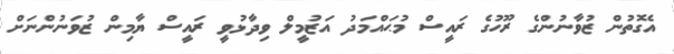
އެގޮތުން ޒުވާނުންގެ ރޫހުގެ ރައީސް މުޙައްމަދު އަޒުމީލް ވިދާޅުވީ ރައީސް ޔާމިން ޒުވަނުންނަށް